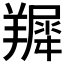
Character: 𦎾